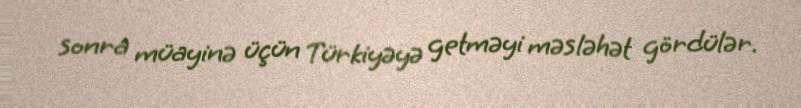
sonra müayinə üçün Türkiyəyə getməyi məsləhət gördülər.